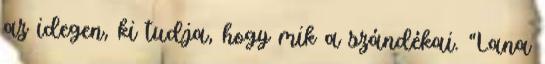
az idegen, ki tudja, hogy mik a szándékai. “Lana